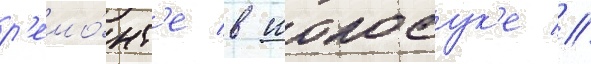
р'емо́нт'е в иокосук'е //